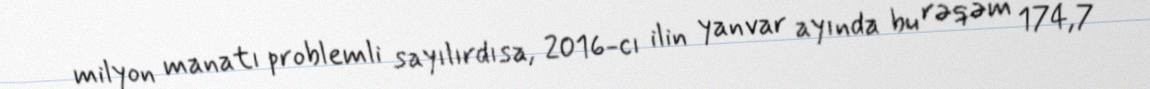
milyon manatı problemli sayılırdısa, 2016-cı ilin yanvar ayında bu rəqəm 174,7